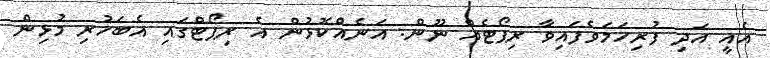
އެއީ އަދި ފުރިހަމަވެފައިވާ ރިޕޯޓެއް ނޫން. އަނެއްކޮޅުން އެ ރިޕޯޓްގައި އެބަހުރި މުޅިން